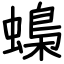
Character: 蟂